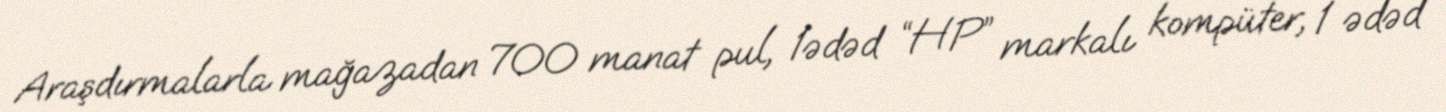
Araşdırmalarla mağazadan 700 manat pul, 1ədəd “HP” markalı kompüter, 1 ədəd